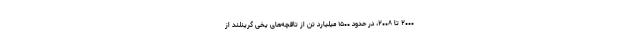
۲۰۰۰ تا ۲۰۰۸، در حدود ۱۵۰۰ میلیارد تن از تاقچه‌های یخی گرینلند از